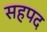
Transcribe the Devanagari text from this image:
सहपद